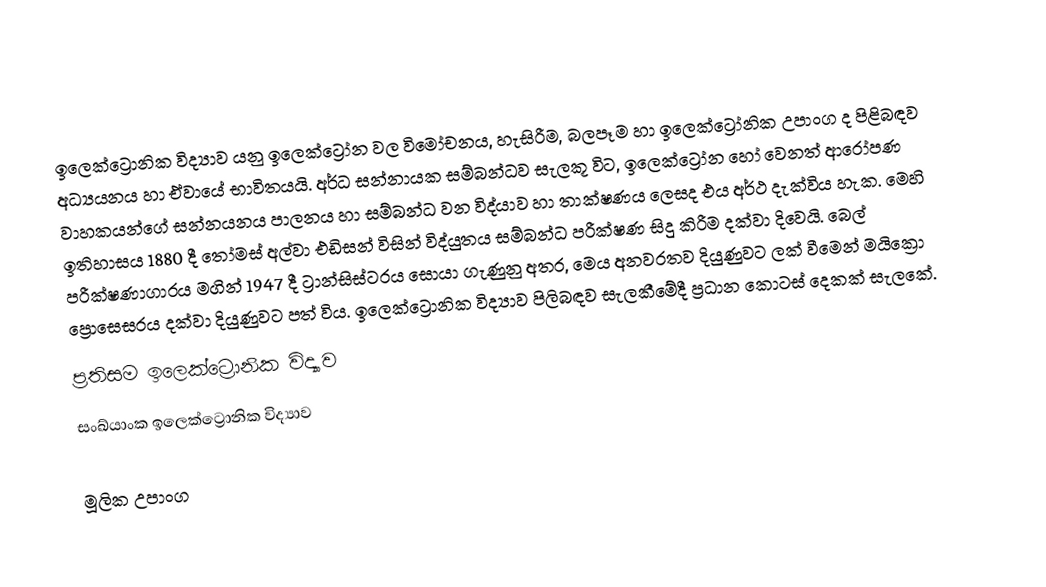
ඉලෙක්ට්‍රොනික විද්‍යාව යනු ඉලෙක්ට්‍රෝන වල විමෝචනය, හැසිරීම, බලපෑම හා ඉලෙක්ට්‍රෝනික උපාංග ද පිළිබඳව අධ්‍යයනය හා ඒවායේ භාවිතයයි. අර්ධ සන්නායක සම්බන්ධව සැලකූ විට, ඉලෙක්ට්‍රෝන හෝ වෙනත් ආරෝපණ වාහකයන්ගේ සන්නයනය පාලනය හා සම්බන්ධ වන විද්යාව හා තාක්ෂණය ලෙසද එය අර්ථ දැක්විය හැක. මෙහි ඉතිහාසය 1880 දී ‍තෝමස් අල්වා එඩිසන් විසින් විද්යුතය සම්බන්ධ පරීක්ෂණ සිදු කිරීම දක්වා දිවෙයි. බෙල් පරීක්ෂණාගාරය මගින් 1947 දී ට්‍රාන්සිස්ටරය සොයා ගැණුනු අතර, මෙය අනවරතව දියුණුවට ලක් වීමෙන් මයික්‍රො ප්‍රොසෙසරය දක්වා දියුණුවට පත් විය. ඉලෙක්ට්‍රොනික විද්‍යාව පිලිබඳව සැලකීමේදී ප්‍රධාන කොටස් දෙකක් සැලකේ.
ප්‍රතිසම ඉලෙක්ට්‍රොනික විද්‍යාව
සංඛ්යාංක ඉලෙක්ට්‍රොනික විද්‍යාව

මූලික උපාංග